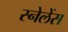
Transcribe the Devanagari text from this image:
स्नेलेंस